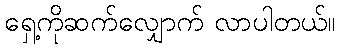
ရှေ့ကိုဆက်လျှောက် လာပါတယ်။